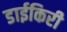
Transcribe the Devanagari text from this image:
डाईकिरी